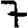
Digit: 7